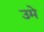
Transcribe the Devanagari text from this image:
उमे